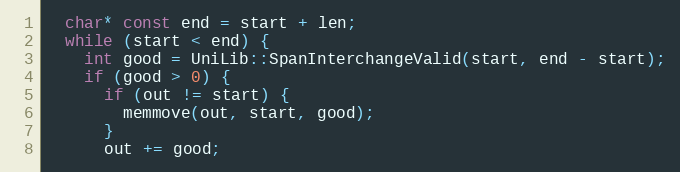
Language: C++
  char* const end = start + len;
  while (start < end) {
    int good = UniLib::SpanInterchangeValid(start, end - start);
    if (good > 0) {
      if (out != start) {
        memmove(out, start, good);
      }
      out += good;